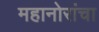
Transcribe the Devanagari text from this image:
महानोरांचा